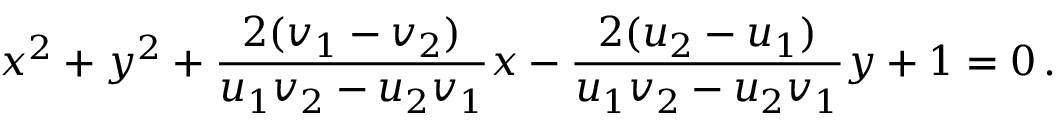
x ^ { 2 } + y ^ { 2 } + { \frac { 2 ( v _ { 1 } - v _ { 2 } ) } { u _ { 1 } v _ { 2 } - u _ { 2 } v _ { 1 } } } x - { \frac { 2 ( u _ { 2 } - u _ { 1 } ) } { u _ { 1 } v _ { 2 } - u _ { 2 } v _ { 1 } } } y + 1 = 0 \, .